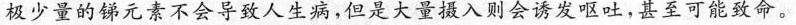
极少量的锑元素不会导致人生病，但是大量摄入则会诱发呕吐，其至可能致命。